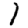
Digit: 1